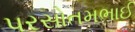
પરસોતમભાઈ